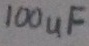
Text: 100uF